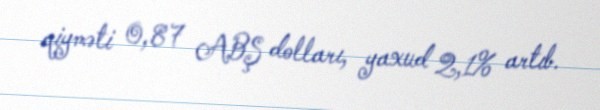
qiyməti 0,87 ABŞ dolları, yaxud 2,1% artıb.